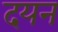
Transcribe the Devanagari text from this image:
दयन